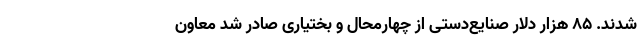
شدند. ۸۵ هزار دلار صنایع‌دستی از چهارمحال و بختیاری صادر شد معاون